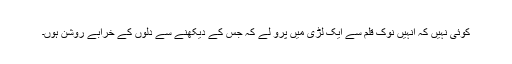
کوئی نہیں کہ انہیں نوک قلم سے ایک لڑی میں پرو لے کہ جس کے دیکھنے سے دلوں کے خرابے روشن ہوں۔